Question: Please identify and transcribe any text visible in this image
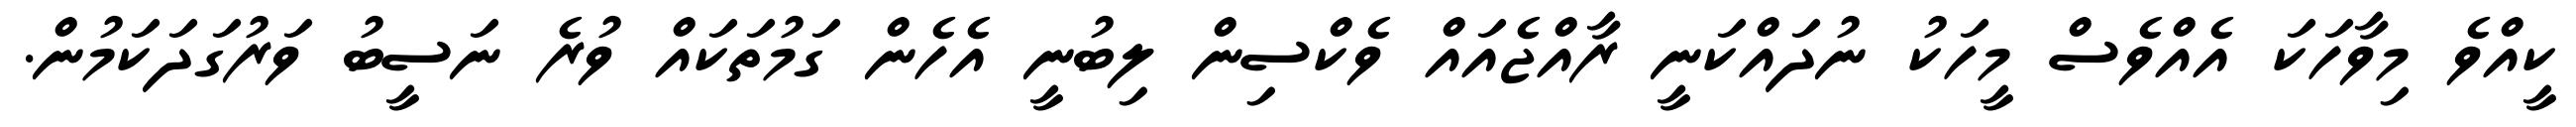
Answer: ކީއްވެ މިވާހަކަ އެއްވެސް މީހަކު ނުދައްކަނީ ރާއްޖެއައް ވެކްސިން ލިބުނީ އެހެން ގަމުތަކައް ވުރެ ނަސީބު ވަރުގަދަކަމުން.